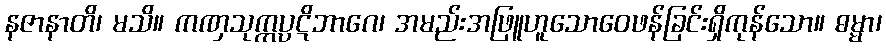
နဇာနာတိ၊ မသိ။ ကဏှသုက္ကပ္ပဋိဘာဂေ၊ အမည်းအဖြူဟူသောဝေဖန်ခြင်းရှိကုန်သော။ ဓမ္မာ၊